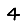
Digit: 4